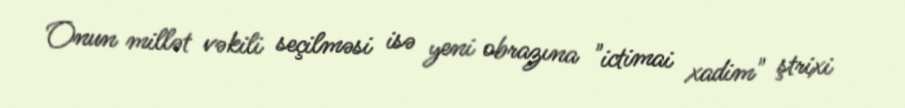
Onun millət vəkili seçilməsi isə yeni obrazına "ictimai xadim" ştrixi